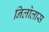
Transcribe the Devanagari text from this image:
निलोलास